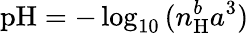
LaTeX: \mathrm{pH}=-\log_{10}{(n_{\mathrm{H}}^{b}a^{3})}